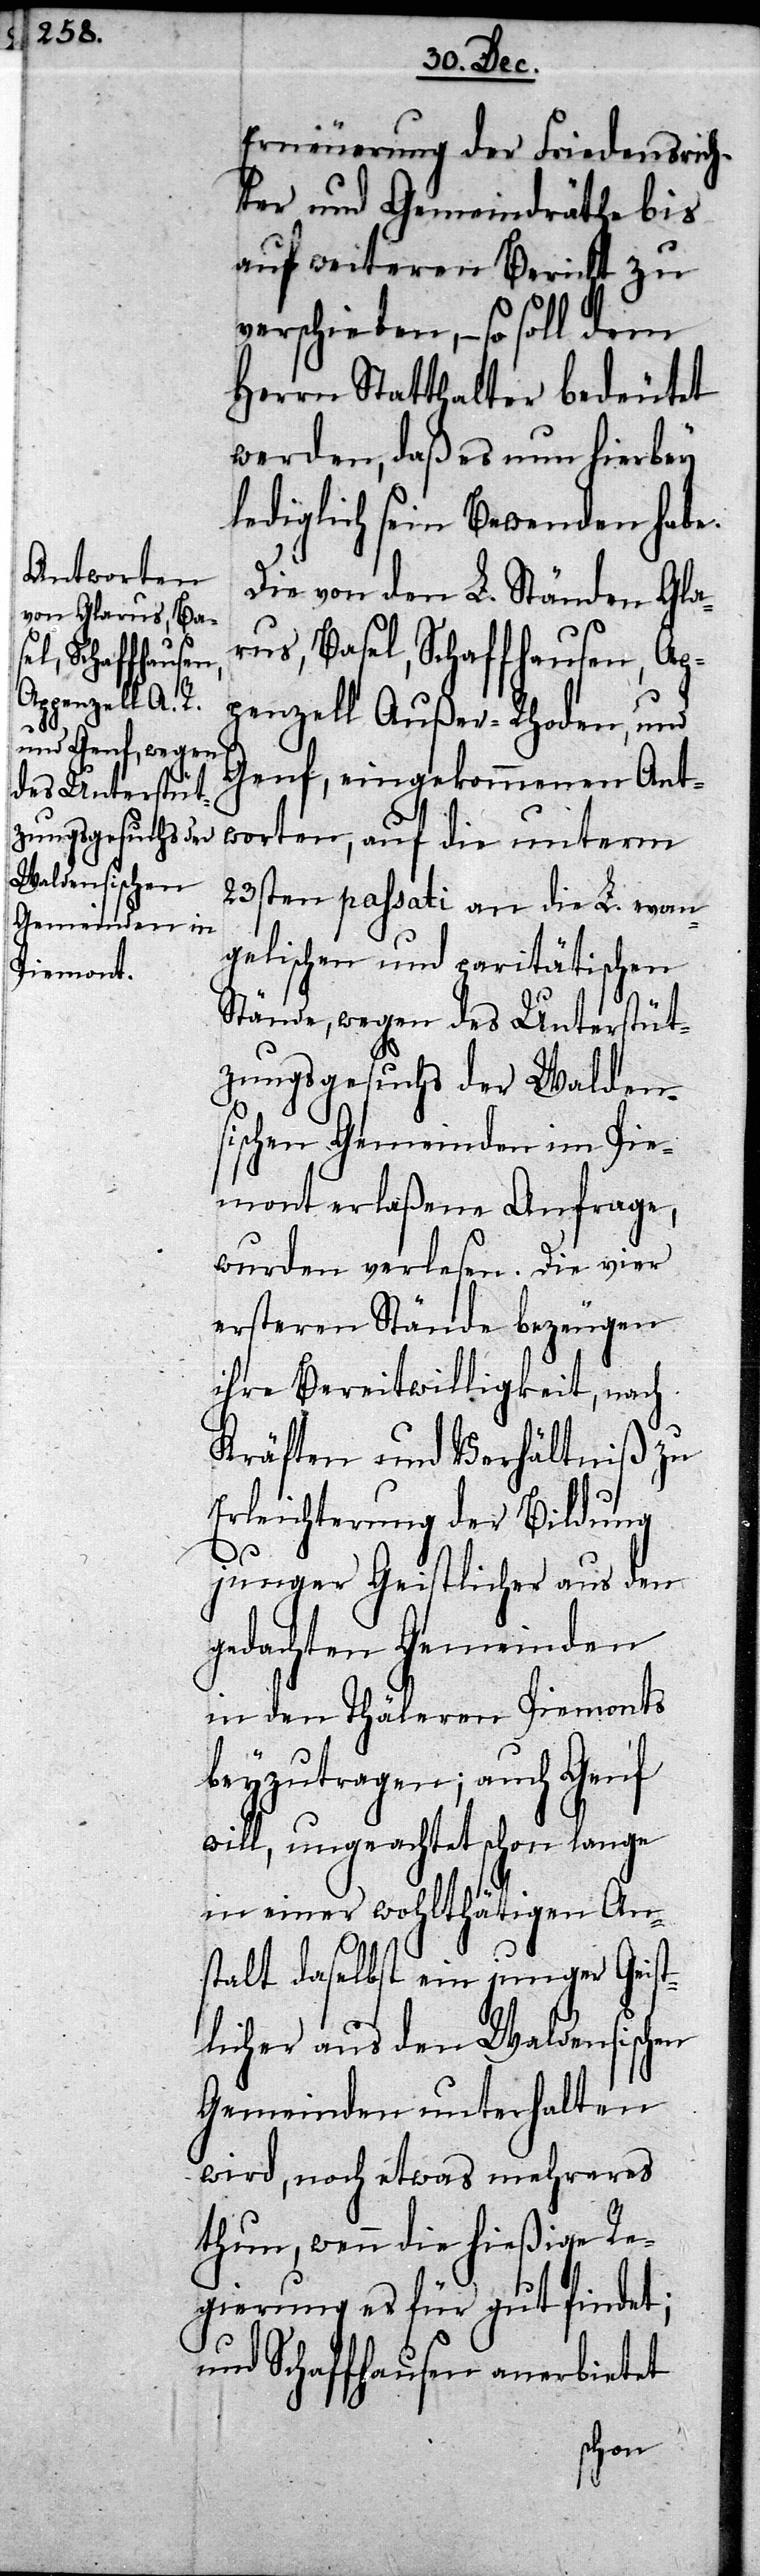
Erneuerung der Friedensrich¬
ter und Gemeindräthe bis
auf weiteren Bericht zu
verschieben, – so soll dem
Herrn Statthalter bedeutet
werden, daß es nun hierbey
lediglich sein Bewenden habe.
Die von den L. Ständen Gla¬
rus, Basel, Schaffhausen, Ap¬
penzell Außer-Rhoden, und
Genf, eingekommenen Ant¬
worten, auf die unterm
23sten passati an die L. evan¬
gelischen und paritätischen
Stände, wegen des Unterstüt¬
zungsgesuchs der Waldens¬
ischen Gemeinden im Pie¬
mont erlaßene Anfrage,
wurden verlesen. Die vier
ersteren Stände bezeugen
ihre Bereitwilligkeit, nach
Kräften und Verhältniß zu
Erleichterung der Bildung
junger Geistlicher aus den
gedachten Gemeinden
in den Thäleren Piemonts
beyzutragen; auch Genf
will, ungeachtet schon lange
in einer wohlthätigen An¬
stalt daselbst ein junger Geis¬
tlicher aus den Waldensischen
Gemeinden unterhalten
wird, noch etwas mehreres
thun, wenn die hießige Re¬
gierung es für gut findet;
und Schaffhausen anerbietet